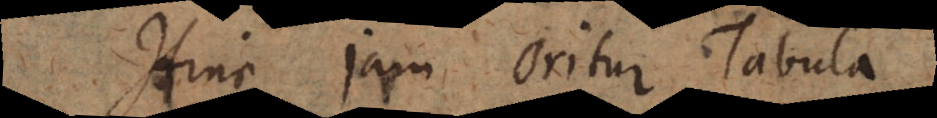
Hinc jam oritur Tabula